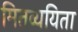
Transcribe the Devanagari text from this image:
मितव्‍ययिता